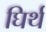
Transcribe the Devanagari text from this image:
घिर्थ